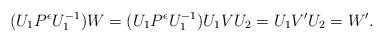
LaTeX: \begin{align*}(U_1 P^\epsilon U_1^{-1}) W = (U_1 P^\epsilon U_1^{-1}) U_1 V U_2 = U_1 V' U_2 = W'.\end{align*}